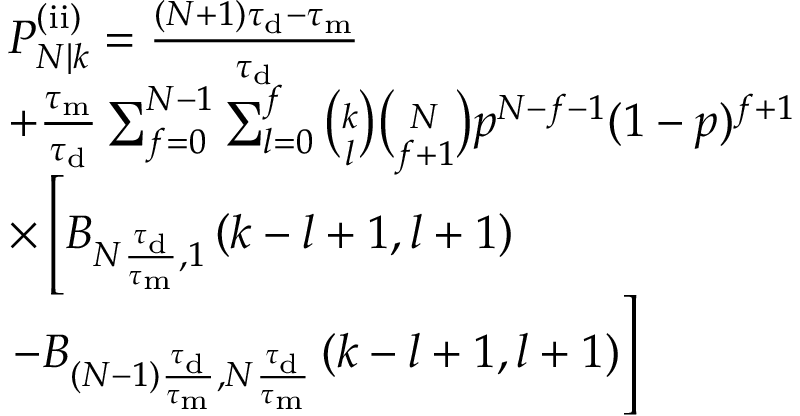
\begin{array} { r l } & { P _ { N | k } ^ { \mathrm { ( i i ) } } = \frac { ( N + 1 ) \tau _ { \mathrm { d } } - \tau _ { \mathrm { m } } } { \tau _ { \mathrm { d } } } } \\ & { + \frac { \tau _ { \mathrm { m } } } { \tau _ { \mathrm { d } } } \sum _ { f = 0 } ^ { N - 1 } \sum _ { l = 0 } ^ { f } \binom { k } { l } \binom { N } { f + 1 } p ^ { N - f - 1 } ( 1 - p ) ^ { f + 1 } } \\ & { \times \left[ B _ { N \frac { \tau _ { \mathrm { d } } } { \tau _ { \mathrm { m } } } , 1 } \left( k - l + 1 , l + 1 \right) \right. } \\ & { \left. - B _ { ( N - 1 ) \frac { \tau _ { \mathrm { d } } } { \tau _ { \mathrm { m } } } , N \frac { \tau _ { \mathrm { d } } } { \tau _ { \mathrm { m } } } } \left( k - l + 1 , l + 1 \right) \right] } \end{array}